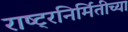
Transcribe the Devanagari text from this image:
राष्ट्रनिर्मितीच्या